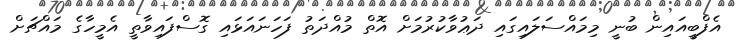
އެފްބީއައިން ބުނީ މިމައްސަލައިގައި ދަޢުވާކުރުމަށް އޮތް މުއްދަތު ފަހަނައަޅައި ގޮސްފައިވާތީ އެމީހާގެ މައްޗަށް